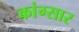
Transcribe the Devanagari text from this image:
कांग्सार